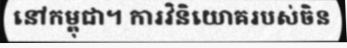
នៅកម្ពុជា។ ការវិនិយោគរបស់ចិន